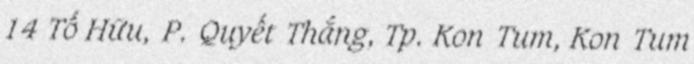
14 Tố Hữu, P. Quyết Thắng, Tp. Kon Tum, Kon Tum